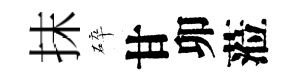
抹碎甘卯蒞